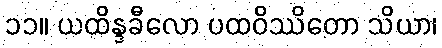
၁၁။ ယထိန္ဒခီလော ပထဝိဿိတော သိယာ၊